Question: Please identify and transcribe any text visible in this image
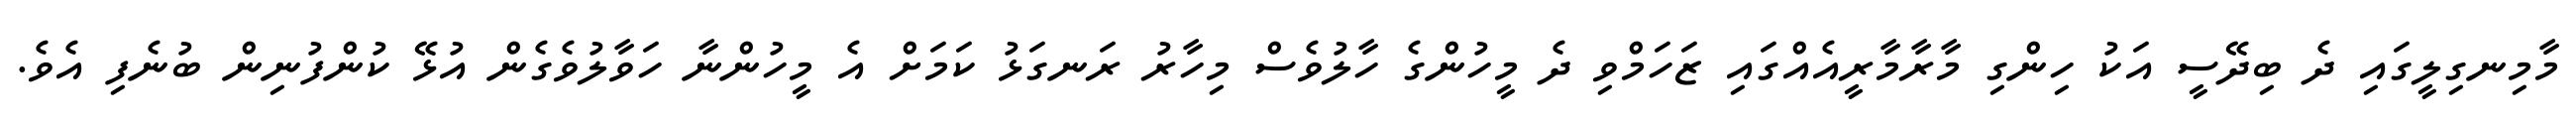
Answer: މާމިނގިލީގައި ދެ ބިދޭސީ އަކު ހިންގި މާރާމާރީއެއްގައި ޒަހަމްވި ދެ މީހުންގެ ހާލުވެސް މިހާރު ރަނގަޅު ކަމަށް އެ މީހުންނާ ހަވާލުވެގެން އުޅޭ ކުންފުނިން ބުނެފި އެވެ.